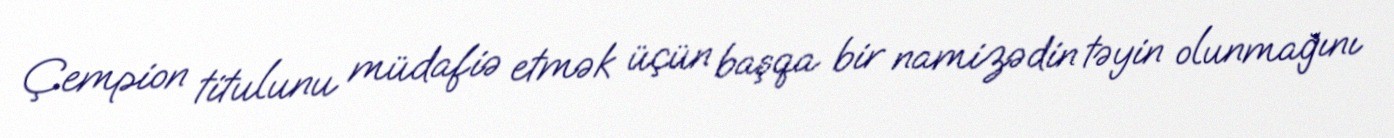
Çempion titulunu müdafiə etmək üçün başqa bir namizədin təyin olunmağını